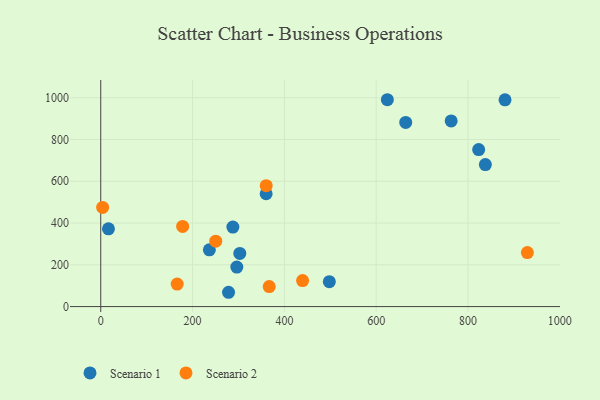
{"axis": {"x": "Engine Size", "y": "Exam Score"}, "legend": ["Scenario 1", "Scenario 2"], "data": [{"x": "880.6", "y": 989.9, "type": "Scenario 1"}, {"x": "823.2", "y": 751.8, "type": "Scenario 1"}, {"x": "302.9", "y": 254.3, "type": "Scenario 1"}, {"x": "837.8", "y": 680.0, "type": "Scenario 1"}, {"x": "236.6", "y": 271.7, "type": "Scenario 1"}, {"x": "287.8", "y": 380.7, "type": "Scenario 1"}, {"x": "763.3", "y": 889.0, "type": "Scenario 1"}, {"x": "16.8", "y": 372.4, "type": "Scenario 1"}, {"x": "278.4", "y": 68.5, "type": "Scenario 1"}, {"x": "624.3", "y": 990.5, "type": "Scenario 1"}, {"x": "664.3", "y": 881.6, "type": "Scenario 1"}, {"x": "296.4", "y": 189.4, "type": "Scenario 1"}, {"x": "497.9", "y": 119.3, "type": "Scenario 1"}, {"x": "360.3", "y": 540.3, "type": "Scenario 1"}, {"x": "178.4", "y": 384.0, "type": "Scenario 2"}, {"x": "360.4", "y": 578.8, "type": "Scenario 2"}, {"x": "166.5", "y": 107.8, "type": "Scenario 2"}, {"x": "439.7", "y": 124.6, "type": "Scenario 2"}, {"x": "4.1", "y": 474.9, "type": "Scenario 2"}, {"x": "929.3", "y": 258.4, "type": "Scenario 2"}, {"x": "367.0", "y": 95.7, "type": "Scenario 2"}, {"x": "250.5", "y": 313.2, "type": "Scenario 2"}]}